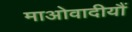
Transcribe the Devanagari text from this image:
माओवादीयौं